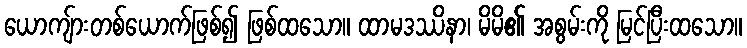
ယောကျ်ားတစ်ယောက်ဖြစ်၍ ဖြစ်ထသော။ ထာမဒဿိနာ၊ မိမိ၏ အစွမ်းကို မြင်ပြီးထသော။